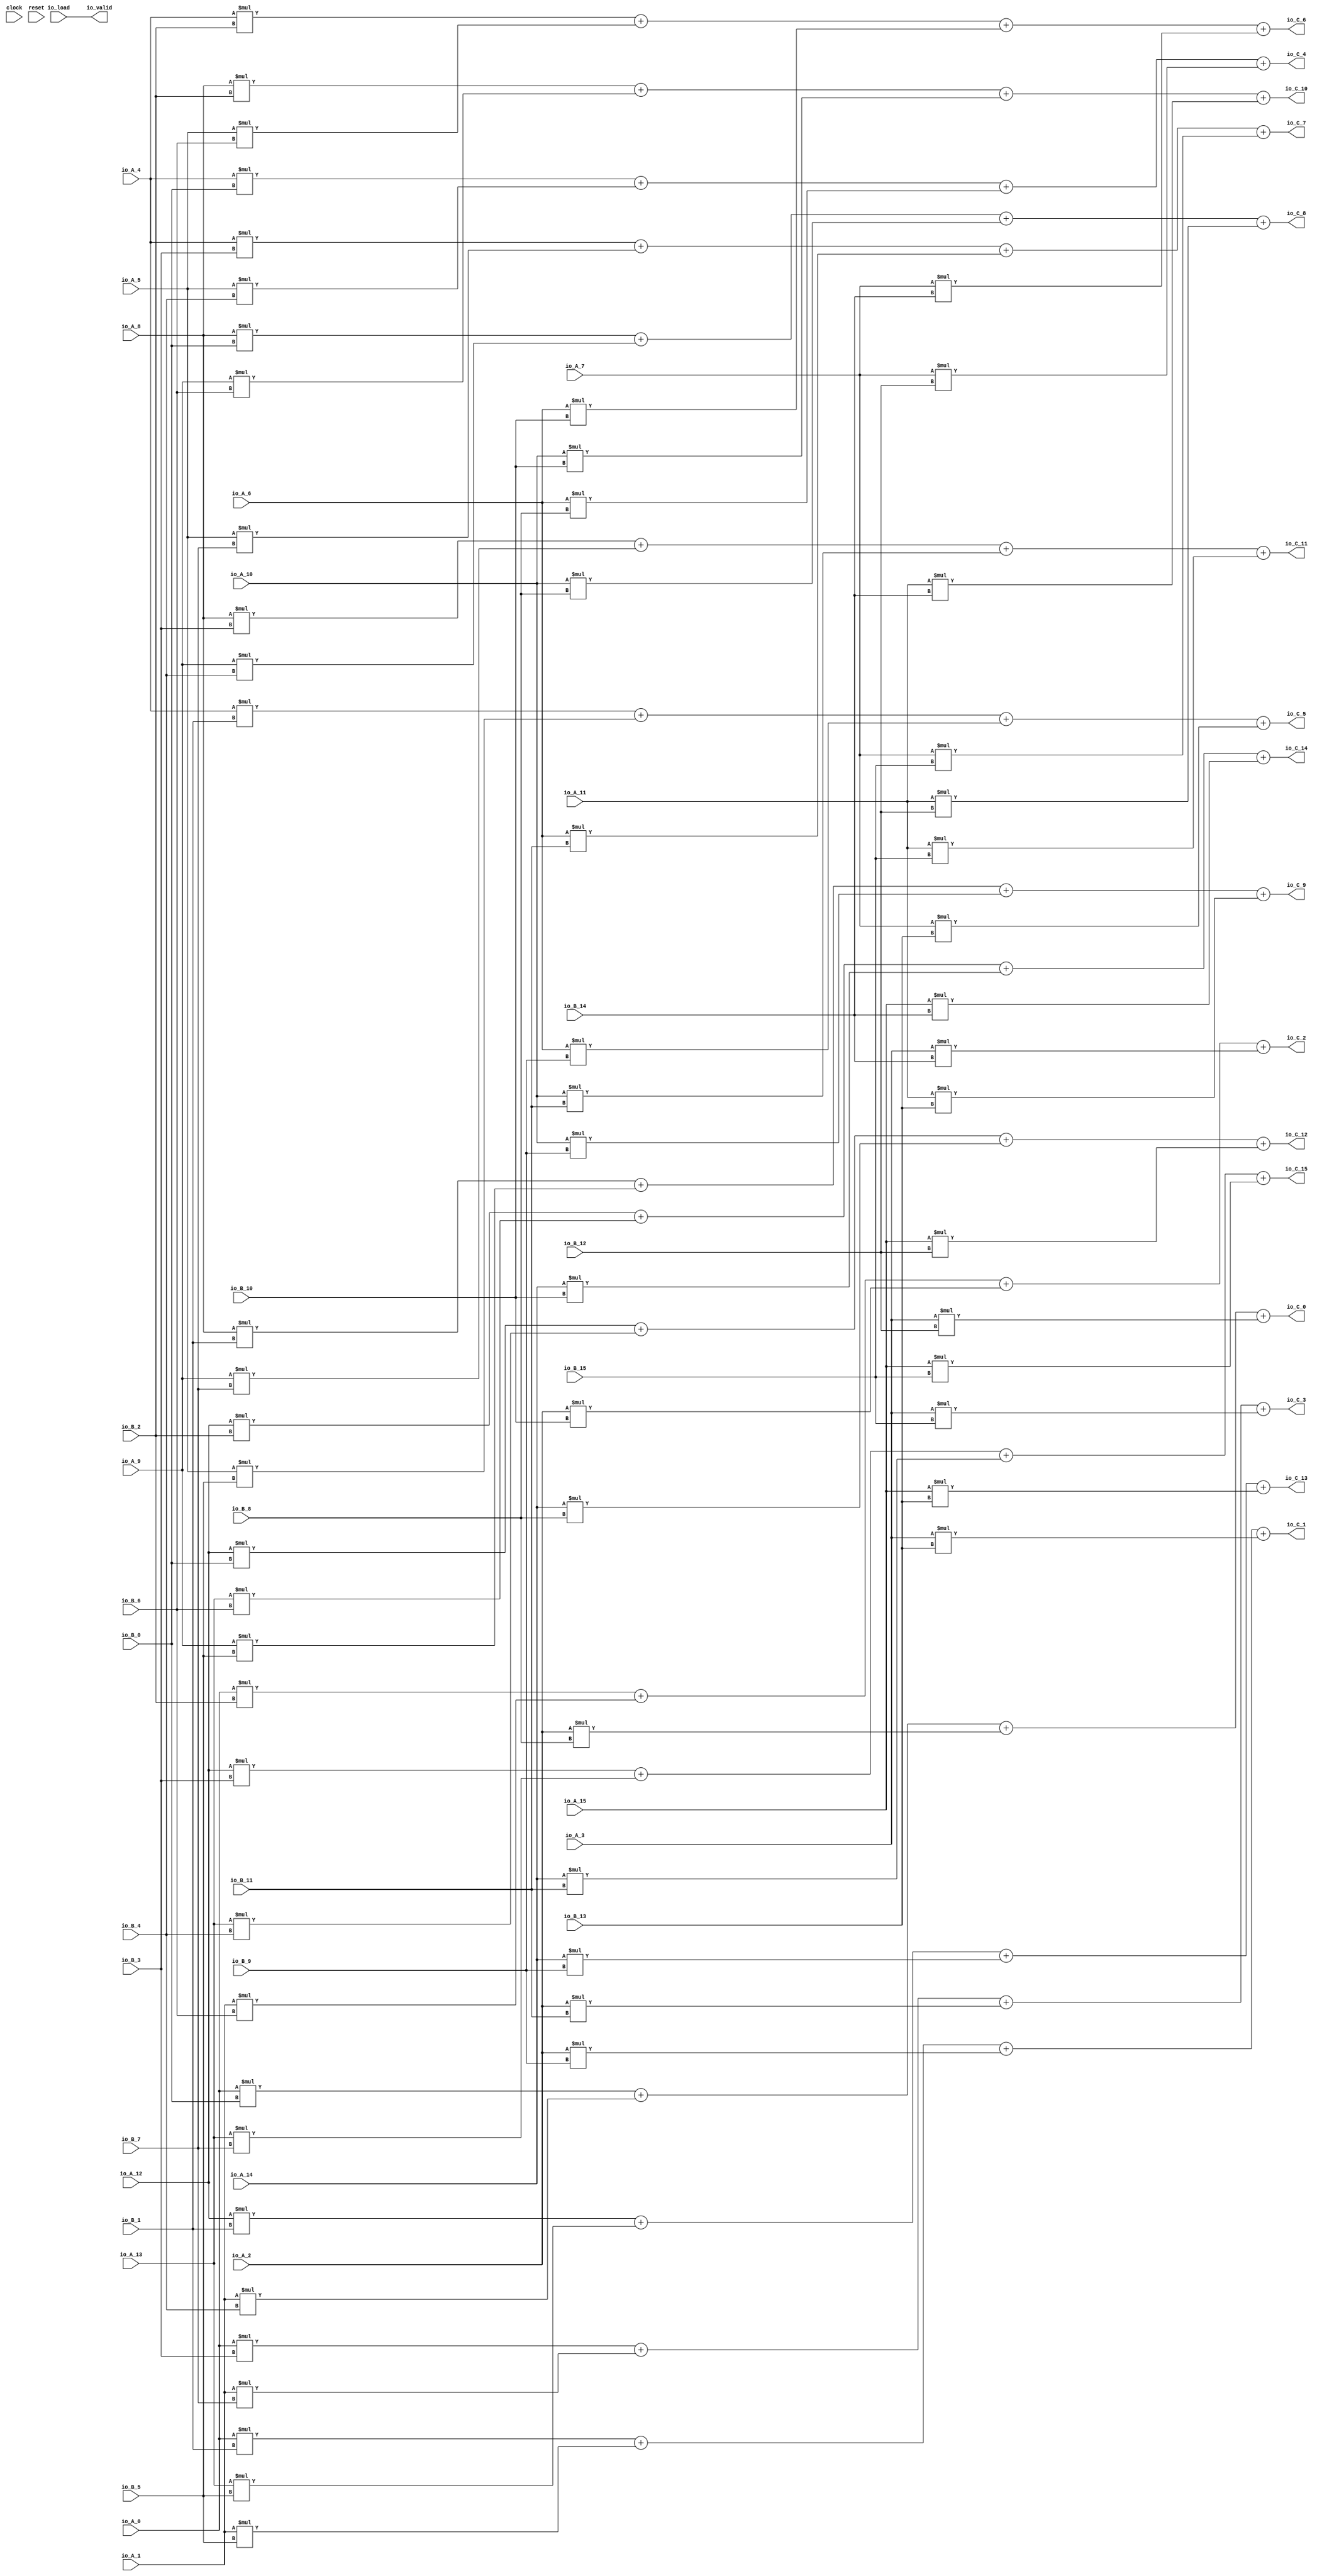
module VecMul( // @[:@3.2]
  input         clock, // @[:@4.4]
  input         reset, // @[:@5.4]
  input  [15:0] io_A_0, // @[:@6.4]
  input  [15:0] io_A_1, // @[:@6.4]
  input  [15:0] io_A_2, // @[:@6.4]
  input  [15:0] io_A_3, // @[:@6.4]
  input  [15:0] io_A_4, // @[:@6.4]
  input  [15:0] io_A_5, // @[:@6.4]
  input  [15:0] io_A_6, // @[:@6.4]
  input  [15:0] io_A_7, // @[:@6.4]
  input  [15:0] io_A_8, // @[:@6.4]
  input  [15:0] io_A_9, // @[:@6.4]
  input  [15:0] io_A_10, // @[:@6.4]
  input  [15:0] io_A_11, // @[:@6.4]
  input  [15:0] io_A_12, // @[:@6.4]
  input  [15:0] io_A_13, // @[:@6.4]
  input  [15:0] io_A_14, // @[:@6.4]
  input  [15:0] io_A_15, // @[:@6.4]
  input  [15:0] io_B_0, // @[:@6.4]
  input  [15:0] io_B_1, // @[:@6.4]
  input  [15:0] io_B_2, // @[:@6.4]
  input  [15:0] io_B_3, // @[:@6.4]
  input  [15:0] io_B_4, // @[:@6.4]
  input  [15:0] io_B_5, // @[:@6.4]
  input  [15:0] io_B_6, // @[:@6.4]
  input  [15:0] io_B_7, // @[:@6.4]
  input  [15:0] io_B_8, // @[:@6.4]
  input  [15:0] io_B_9, // @[:@6.4]
  input  [15:0] io_B_10, // @[:@6.4]
  input  [15:0] io_B_11, // @[:@6.4]
  input  [15:0] io_B_12, // @[:@6.4]
  input  [15:0] io_B_13, // @[:@6.4]
  input  [15:0] io_B_14, // @[:@6.4]
  input  [15:0] io_B_15, // @[:@6.4]
  output [15:0] io_C_0, // @[:@6.4]
  output [15:0] io_C_1, // @[:@6.4]
  output [15:0] io_C_2, // @[:@6.4]
  output [15:0] io_C_3, // @[:@6.4]
  output [15:0] io_C_4, // @[:@6.4]
  output [15:0] io_C_5, // @[:@6.4]
  output [15:0] io_C_6, // @[:@6.4]
  output [15:0] io_C_7, // @[:@6.4]
  output [15:0] io_C_8, // @[:@6.4]
  output [15:0] io_C_9, // @[:@6.4]
  output [15:0] io_C_10, // @[:@6.4]
  output [15:0] io_C_11, // @[:@6.4]
  output [15:0] io_C_12, // @[:@6.4]
  output [15:0] io_C_13, // @[:@6.4]
  output [15:0] io_C_14, // @[:@6.4]
  output [15:0] io_C_15, // @[:@6.4]
  input         io_load, // @[:@6.4]
  output        io_valid // @[:@6.4]
);
  wire [31:0] _T_153; // @[VecMul.scala 42:35:@9.6]
  wire [32:0] _T_154; // @[VecMul.scala 42:21:@10.6]
  wire [31:0] _T_155; // @[VecMul.scala 42:21:@11.6]
  wire [31:0] _T_156; // @[VecMul.scala 42:35:@12.6]
  wire [32:0] _T_157; // @[VecMul.scala 42:21:@13.6]
  wire [31:0] _T_158; // @[VecMul.scala 42:21:@14.6]
  wire [31:0] _T_159; // @[VecMul.scala 42:35:@15.6]
  wire [32:0] _T_160; // @[VecMul.scala 42:21:@16.6]
  wire [31:0] _T_161; // @[VecMul.scala 42:21:@17.6]
  wire [31:0] _T_162; // @[VecMul.scala 42:35:@18.6]
  wire [32:0] _T_163; // @[VecMul.scala 42:21:@19.6]
  wire [31:0] ans_0; // @[VecMul.scala 42:21:@20.6]
  wire [31:0] _T_165; // @[VecMul.scala 42:35:@21.6]
  wire [32:0] _T_166; // @[VecMul.scala 42:21:@22.6]
  wire [31:0] _T_167; // @[VecMul.scala 42:21:@23.6]
  wire [31:0] _T_168; // @[VecMul.scala 42:35:@24.6]
  wire [32:0] _T_169; // @[VecMul.scala 42:21:@25.6]
  wire [31:0] _T_170; // @[VecMul.scala 42:21:@26.6]
  wire [31:0] _T_171; // @[VecMul.scala 42:35:@27.6]
  wire [32:0] _T_172; // @[VecMul.scala 42:21:@28.6]
  wire [31:0] _T_173; // @[VecMul.scala 42:21:@29.6]
  wire [31:0] _T_174; // @[VecMul.scala 42:35:@30.6]
  wire [32:0] _T_175; // @[VecMul.scala 42:21:@31.6]
  wire [31:0] ans_1; // @[VecMul.scala 42:21:@32.6]
  wire [31:0] _T_177; // @[VecMul.scala 42:35:@33.6]
  wire [32:0] _T_178; // @[VecMul.scala 42:21:@34.6]
  wire [31:0] _T_179; // @[VecMul.scala 42:21:@35.6]
  wire [31:0] _T_180; // @[VecMul.scala 42:35:@36.6]
  wire [32:0] _T_181; // @[VecMul.scala 42:21:@37.6]
  wire [31:0] _T_182; // @[VecMul.scala 42:21:@38.6]
  wire [31:0] _T_183; // @[VecMul.scala 42:35:@39.6]
  wire [32:0] _T_184; // @[VecMul.scala 42:21:@40.6]
  wire [31:0] _T_185; // @[VecMul.scala 42:21:@41.6]
  wire [31:0] _T_186; // @[VecMul.scala 42:35:@42.6]
  wire [32:0] _T_187; // @[VecMul.scala 42:21:@43.6]
  wire [31:0] ans_2; // @[VecMul.scala 42:21:@44.6]
  wire [31:0] _T_189; // @[VecMul.scala 42:35:@45.6]
  wire [32:0] _T_190; // @[VecMul.scala 42:21:@46.6]
  wire [31:0] _T_191; // @[VecMul.scala 42:21:@47.6]
  wire [31:0] _T_192; // @[VecMul.scala 42:35:@48.6]
  wire [32:0] _T_193; // @[VecMul.scala 42:21:@49.6]
  wire [31:0] _T_194; // @[VecMul.scala 42:21:@50.6]
  wire [31:0] _T_195; // @[VecMul.scala 42:35:@51.6]
  wire [32:0] _T_196; // @[VecMul.scala 42:21:@52.6]
  wire [31:0] _T_197; // @[VecMul.scala 42:21:@53.6]
  wire [31:0] _T_198; // @[VecMul.scala 42:35:@54.6]
  wire [32:0] _T_199; // @[VecMul.scala 42:21:@55.6]
  wire [31:0] ans_3; // @[VecMul.scala 42:21:@56.6]
  wire [31:0] _T_201; // @[VecMul.scala 42:35:@57.6]
  wire [32:0] _T_202; // @[VecMul.scala 42:21:@58.6]
  wire [31:0] _T_203; // @[VecMul.scala 42:21:@59.6]
  wire [31:0] _T_204; // @[VecMul.scala 42:35:@60.6]
  wire [32:0] _T_205; // @[VecMul.scala 42:21:@61.6]
  wire [31:0] _T_206; // @[VecMul.scala 42:21:@62.6]
  wire [31:0] _T_207; // @[VecMul.scala 42:35:@63.6]
  wire [32:0] _T_208; // @[VecMul.scala 42:21:@64.6]
  wire [31:0] _T_209; // @[VecMul.scala 42:21:@65.6]
  wire [31:0] _T_210; // @[VecMul.scala 42:35:@66.6]
  wire [32:0] _T_211; // @[VecMul.scala 42:21:@67.6]
  wire [31:0] ans_4; // @[VecMul.scala 42:21:@68.6]
  wire [31:0] _T_213; // @[VecMul.scala 42:35:@69.6]
  wire [32:0] _T_214; // @[VecMul.scala 42:21:@70.6]
  wire [31:0] _T_215; // @[VecMul.scala 42:21:@71.6]
  wire [31:0] _T_216; // @[VecMul.scala 42:35:@72.6]
  wire [32:0] _T_217; // @[VecMul.scala 42:21:@73.6]
  wire [31:0] _T_218; // @[VecMul.scala 42:21:@74.6]
  wire [31:0] _T_219; // @[VecMul.scala 42:35:@75.6]
  wire [32:0] _T_220; // @[VecMul.scala 42:21:@76.6]
  wire [31:0] _T_221; // @[VecMul.scala 42:21:@77.6]
  wire [31:0] _T_222; // @[VecMul.scala 42:35:@78.6]
  wire [32:0] _T_223; // @[VecMul.scala 42:21:@79.6]
  wire [31:0] ans_5; // @[VecMul.scala 42:21:@80.6]
  wire [31:0] _T_225; // @[VecMul.scala 42:35:@81.6]
  wire [32:0] _T_226; // @[VecMul.scala 42:21:@82.6]
  wire [31:0] _T_227; // @[VecMul.scala 42:21:@83.6]
  wire [31:0] _T_228; // @[VecMul.scala 42:35:@84.6]
  wire [32:0] _T_229; // @[VecMul.scala 42:21:@85.6]
  wire [31:0] _T_230; // @[VecMul.scala 42:21:@86.6]
  wire [31:0] _T_231; // @[VecMul.scala 42:35:@87.6]
  wire [32:0] _T_232; // @[VecMul.scala 42:21:@88.6]
  wire [31:0] _T_233; // @[VecMul.scala 42:21:@89.6]
  wire [31:0] _T_234; // @[VecMul.scala 42:35:@90.6]
  wire [32:0] _T_235; // @[VecMul.scala 42:21:@91.6]
  wire [31:0] ans_6; // @[VecMul.scala 42:21:@92.6]
  wire [31:0] _T_237; // @[VecMul.scala 42:35:@93.6]
  wire [32:0] _T_238; // @[VecMul.scala 42:21:@94.6]
  wire [31:0] _T_239; // @[VecMul.scala 42:21:@95.6]
  wire [31:0] _T_240; // @[VecMul.scala 42:35:@96.6]
  wire [32:0] _T_241; // @[VecMul.scala 42:21:@97.6]
  wire [31:0] _T_242; // @[VecMul.scala 42:21:@98.6]
  wire [31:0] _T_243; // @[VecMul.scala 42:35:@99.6]
  wire [32:0] _T_244; // @[VecMul.scala 42:21:@100.6]
  wire [31:0] _T_245; // @[VecMul.scala 42:21:@101.6]
  wire [31:0] _T_246; // @[VecMul.scala 42:35:@102.6]
  wire [32:0] _T_247; // @[VecMul.scala 42:21:@103.6]
  wire [31:0] ans_7; // @[VecMul.scala 42:21:@104.6]
  wire [31:0] _T_249; // @[VecMul.scala 42:35:@105.6]
  wire [32:0] _T_250; // @[VecMul.scala 42:21:@106.6]
  wire [31:0] _T_251; // @[VecMul.scala 42:21:@107.6]
  wire [31:0] _T_252; // @[VecMul.scala 42:35:@108.6]
  wire [32:0] _T_253; // @[VecMul.scala 42:21:@109.6]
  wire [31:0] _T_254; // @[VecMul.scala 42:21:@110.6]
  wire [31:0] _T_255; // @[VecMul.scala 42:35:@111.6]
  wire [32:0] _T_256; // @[VecMul.scala 42:21:@112.6]
  wire [31:0] _T_257; // @[VecMul.scala 42:21:@113.6]
  wire [31:0] _T_258; // @[VecMul.scala 42:35:@114.6]
  wire [32:0] _T_259; // @[VecMul.scala 42:21:@115.6]
  wire [31:0] ans_8; // @[VecMul.scala 42:21:@116.6]
  wire [31:0] _T_261; // @[VecMul.scala 42:35:@117.6]
  wire [32:0] _T_262; // @[VecMul.scala 42:21:@118.6]
  wire [31:0] _T_263; // @[VecMul.scala 42:21:@119.6]
  wire [31:0] _T_264; // @[VecMul.scala 42:35:@120.6]
  wire [32:0] _T_265; // @[VecMul.scala 42:21:@121.6]
  wire [31:0] _T_266; // @[VecMul.scala 42:21:@122.6]
  wire [31:0] _T_267; // @[VecMul.scala 42:35:@123.6]
  wire [32:0] _T_268; // @[VecMul.scala 42:21:@124.6]
  wire [31:0] _T_269; // @[VecMul.scala 42:21:@125.6]
  wire [31:0] _T_270; // @[VecMul.scala 42:35:@126.6]
  wire [32:0] _T_271; // @[VecMul.scala 42:21:@127.6]
  wire [31:0] ans_9; // @[VecMul.scala 42:21:@128.6]
  wire [31:0] _T_273; // @[VecMul.scala 42:35:@129.6]
  wire [32:0] _T_274; // @[VecMul.scala 42:21:@130.6]
  wire [31:0] _T_275; // @[VecMul.scala 42:21:@131.6]
  wire [31:0] _T_276; // @[VecMul.scala 42:35:@132.6]
  wire [32:0] _T_277; // @[VecMul.scala 42:21:@133.6]
  wire [31:0] _T_278; // @[VecMul.scala 42:21:@134.6]
  wire [31:0] _T_279; // @[VecMul.scala 42:35:@135.6]
  wire [32:0] _T_280; // @[VecMul.scala 42:21:@136.6]
  wire [31:0] _T_281; // @[VecMul.scala 42:21:@137.6]
  wire [31:0] _T_282; // @[VecMul.scala 42:35:@138.6]
  wire [32:0] _T_283; // @[VecMul.scala 42:21:@139.6]
  wire [31:0] ans_10; // @[VecMul.scala 42:21:@140.6]
  wire [31:0] _T_285; // @[VecMul.scala 42:35:@141.6]
  wire [32:0] _T_286; // @[VecMul.scala 42:21:@142.6]
  wire [31:0] _T_287; // @[VecMul.scala 42:21:@143.6]
  wire [31:0] _T_288; // @[VecMul.scala 42:35:@144.6]
  wire [32:0] _T_289; // @[VecMul.scala 42:21:@145.6]
  wire [31:0] _T_290; // @[VecMul.scala 42:21:@146.6]
  wire [31:0] _T_291; // @[VecMul.scala 42:35:@147.6]
  wire [32:0] _T_292; // @[VecMul.scala 42:21:@148.6]
  wire [31:0] _T_293; // @[VecMul.scala 42:21:@149.6]
  wire [31:0] _T_294; // @[VecMul.scala 42:35:@150.6]
  wire [32:0] _T_295; // @[VecMul.scala 42:21:@151.6]
  wire [31:0] ans_11; // @[VecMul.scala 42:21:@152.6]
  wire [31:0] _T_297; // @[VecMul.scala 42:35:@153.6]
  wire [32:0] _T_298; // @[VecMul.scala 42:21:@154.6]
  wire [31:0] _T_299; // @[VecMul.scala 42:21:@155.6]
  wire [31:0] _T_300; // @[VecMul.scala 42:35:@156.6]
  wire [32:0] _T_301; // @[VecMul.scala 42:21:@157.6]
  wire [31:0] _T_302; // @[VecMul.scala 42:21:@158.6]
  wire [31:0] _T_303; // @[VecMul.scala 42:35:@159.6]
  wire [32:0] _T_304; // @[VecMul.scala 42:21:@160.6]
  wire [31:0] _T_305; // @[VecMul.scala 42:21:@161.6]
  wire [31:0] _T_306; // @[VecMul.scala 42:35:@162.6]
  wire [32:0] _T_307; // @[VecMul.scala 42:21:@163.6]
  wire [31:0] ans_12; // @[VecMul.scala 42:21:@164.6]
  wire [31:0] _T_309; // @[VecMul.scala 42:35:@165.6]
  wire [32:0] _T_310; // @[VecMul.scala 42:21:@166.6]
  wire [31:0] _T_311; // @[VecMul.scala 42:21:@167.6]
  wire [31:0] _T_312; // @[VecMul.scala 42:35:@168.6]
  wire [32:0] _T_313; // @[VecMul.scala 42:21:@169.6]
  wire [31:0] _T_314; // @[VecMul.scala 42:21:@170.6]
  wire [31:0] _T_315; // @[VecMul.scala 42:35:@171.6]
  wire [32:0] _T_316; // @[VecMul.scala 42:21:@172.6]
  wire [31:0] _T_317; // @[VecMul.scala 42:21:@173.6]
  wire [31:0] _T_318; // @[VecMul.scala 42:35:@174.6]
  wire [32:0] _T_319; // @[VecMul.scala 42:21:@175.6]
  wire [31:0] ans_13; // @[VecMul.scala 42:21:@176.6]
  wire [31:0] _T_321; // @[VecMul.scala 42:35:@177.6]
  wire [32:0] _T_322; // @[VecMul.scala 42:21:@178.6]
  wire [31:0] _T_323; // @[VecMul.scala 42:21:@179.6]
  wire [31:0] _T_324; // @[VecMul.scala 42:35:@180.6]
  wire [32:0] _T_325; // @[VecMul.scala 42:21:@181.6]
  wire [31:0] _T_326; // @[VecMul.scala 42:21:@182.6]
  wire [31:0] _T_327; // @[VecMul.scala 42:35:@183.6]
  wire [32:0] _T_328; // @[VecMul.scala 42:21:@184.6]
  wire [31:0] _T_329; // @[VecMul.scala 42:21:@185.6]
  wire [31:0] _T_330; // @[VecMul.scala 42:35:@186.6]
  wire [32:0] _T_331; // @[VecMul.scala 42:21:@187.6]
  wire [31:0] ans_14; // @[VecMul.scala 42:21:@188.6]
  wire [31:0] _T_333; // @[VecMul.scala 42:35:@189.6]
  wire [32:0] _T_334; // @[VecMul.scala 42:21:@190.6]
  wire [31:0] _T_335; // @[VecMul.scala 42:21:@191.6]
  wire [31:0] _T_336; // @[VecMul.scala 42:35:@192.6]
  wire [32:0] _T_337; // @[VecMul.scala 42:21:@193.6]
  wire [31:0] _T_338; // @[VecMul.scala 42:21:@194.6]
  wire [31:0] _T_339; // @[VecMul.scala 42:35:@195.6]
  wire [32:0] _T_340; // @[VecMul.scala 42:21:@196.6]
  wire [31:0] _T_341; // @[VecMul.scala 42:21:@197.6]
  wire [31:0] _T_342; // @[VecMul.scala 42:35:@198.6]
  wire [32:0] _T_343; // @[VecMul.scala 42:21:@199.6]
  wire [31:0] ans_15; // @[VecMul.scala 42:21:@200.6]
  assign _T_153 = io_A_0 * io_B_0; // @[VecMul.scala 42:35:@9.6]
  assign _T_154 = {{1'd0}, _T_153}; // @[VecMul.scala 42:21:@10.6]
  assign _T_155 = _T_154[31:0]; // @[VecMul.scala 42:21:@11.6]
  assign _T_156 = io_A_1 * io_B_4; // @[VecMul.scala 42:35:@12.6]
  assign _T_157 = _T_155 + _T_156; // @[VecMul.scala 42:21:@13.6]
  assign _T_158 = _T_155 + _T_156; // @[VecMul.scala 42:21:@14.6]
  assign _T_159 = io_A_2 * io_B_8; // @[VecMul.scala 42:35:@15.6]
  assign _T_160 = _T_158 + _T_159; // @[VecMul.scala 42:21:@16.6]
  assign _T_161 = _T_158 + _T_159; // @[VecMul.scala 42:21:@17.6]
  assign _T_162 = io_A_3 * io_B_12; // @[VecMul.scala 42:35:@18.6]
  assign _T_163 = _T_161 + _T_162; // @[VecMul.scala 42:21:@19.6]
  assign ans_0 = _T_161 + _T_162; // @[VecMul.scala 42:21:@20.6]
  assign _T_165 = io_A_0 * io_B_1; // @[VecMul.scala 42:35:@21.6]
  assign _T_166 = {{1'd0}, _T_165}; // @[VecMul.scala 42:21:@22.6]
  assign _T_167 = _T_166[31:0]; // @[VecMul.scala 42:21:@23.6]
  assign _T_168 = io_A_1 * io_B_5; // @[VecMul.scala 42:35:@24.6]
  assign _T_169 = _T_167 + _T_168; // @[VecMul.scala 42:21:@25.6]
  assign _T_170 = _T_167 + _T_168; // @[VecMul.scala 42:21:@26.6]
  assign _T_171 = io_A_2 * io_B_9; // @[VecMul.scala 42:35:@27.6]
  assign _T_172 = _T_170 + _T_171; // @[VecMul.scala 42:21:@28.6]
  assign _T_173 = _T_170 + _T_171; // @[VecMul.scala 42:21:@29.6]
  assign _T_174 = io_A_3 * io_B_13; // @[VecMul.scala 42:35:@30.6]
  assign _T_175 = _T_173 + _T_174; // @[VecMul.scala 42:21:@31.6]
  assign ans_1 = _T_173 + _T_174; // @[VecMul.scala 42:21:@32.6]
  assign _T_177 = io_A_0 * io_B_2; // @[VecMul.scala 42:35:@33.6]
  assign _T_178 = {{1'd0}, _T_177}; // @[VecMul.scala 42:21:@34.6]
  assign _T_179 = _T_178[31:0]; // @[VecMul.scala 42:21:@35.6]
  assign _T_180 = io_A_1 * io_B_6; // @[VecMul.scala 42:35:@36.6]
  assign _T_181 = _T_179 + _T_180; // @[VecMul.scala 42:21:@37.6]
  assign _T_182 = _T_179 + _T_180; // @[VecMul.scala 42:21:@38.6]
  assign _T_183 = io_A_2 * io_B_10; // @[VecMul.scala 42:35:@39.6]
  assign _T_184 = _T_182 + _T_183; // @[VecMul.scala 42:21:@40.6]
  assign _T_185 = _T_182 + _T_183; // @[VecMul.scala 42:21:@41.6]
  assign _T_186 = io_A_3 * io_B_14; // @[VecMul.scala 42:35:@42.6]
  assign _T_187 = _T_185 + _T_186; // @[VecMul.scala 42:21:@43.6]
  assign ans_2 = _T_185 + _T_186; // @[VecMul.scala 42:21:@44.6]
  assign _T_189 = io_A_0 * io_B_3; // @[VecMul.scala 42:35:@45.6]
  assign _T_190 = {{1'd0}, _T_189}; // @[VecMul.scala 42:21:@46.6]
  assign _T_191 = _T_190[31:0]; // @[VecMul.scala 42:21:@47.6]
  assign _T_192 = io_A_1 * io_B_7; // @[VecMul.scala 42:35:@48.6]
  assign _T_193 = _T_191 + _T_192; // @[VecMul.scala 42:21:@49.6]
  assign _T_194 = _T_191 + _T_192; // @[VecMul.scala 42:21:@50.6]
  assign _T_195 = io_A_2 * io_B_11; // @[VecMul.scala 42:35:@51.6]
  assign _T_196 = _T_194 + _T_195; // @[VecMul.scala 42:21:@52.6]
  assign _T_197 = _T_194 + _T_195; // @[VecMul.scala 42:21:@53.6]
  assign _T_198 = io_A_3 * io_B_15; // @[VecMul.scala 42:35:@54.6]
  assign _T_199 = _T_197 + _T_198; // @[VecMul.scala 42:21:@55.6]
  assign ans_3 = _T_197 + _T_198; // @[VecMul.scala 42:21:@56.6]
  assign _T_201 = io_A_4 * io_B_0; // @[VecMul.scala 42:35:@57.6]
  assign _T_202 = {{1'd0}, _T_201}; // @[VecMul.scala 42:21:@58.6]
  assign _T_203 = _T_202[31:0]; // @[VecMul.scala 42:21:@59.6]
  assign _T_204 = io_A_5 * io_B_4; // @[VecMul.scala 42:35:@60.6]
  assign _T_205 = _T_203 + _T_204; // @[VecMul.scala 42:21:@61.6]
  assign _T_206 = _T_203 + _T_204; // @[VecMul.scala 42:21:@62.6]
  assign _T_207 = io_A_6 * io_B_8; // @[VecMul.scala 42:35:@63.6]
  assign _T_208 = _T_206 + _T_207; // @[VecMul.scala 42:21:@64.6]
  assign _T_209 = _T_206 + _T_207; // @[VecMul.scala 42:21:@65.6]
  assign _T_210 = io_A_7 * io_B_12; // @[VecMul.scala 42:35:@66.6]
  assign _T_211 = _T_209 + _T_210; // @[VecMul.scala 42:21:@67.6]
  assign ans_4 = _T_209 + _T_210; // @[VecMul.scala 42:21:@68.6]
  assign _T_213 = io_A_4 * io_B_1; // @[VecMul.scala 42:35:@69.6]
  assign _T_214 = {{1'd0}, _T_213}; // @[VecMul.scala 42:21:@70.6]
  assign _T_215 = _T_214[31:0]; // @[VecMul.scala 42:21:@71.6]
  assign _T_216 = io_A_5 * io_B_5; // @[VecMul.scala 42:35:@72.6]
  assign _T_217 = _T_215 + _T_216; // @[VecMul.scala 42:21:@73.6]
  assign _T_218 = _T_215 + _T_216; // @[VecMul.scala 42:21:@74.6]
  assign _T_219 = io_A_6 * io_B_9; // @[VecMul.scala 42:35:@75.6]
  assign _T_220 = _T_218 + _T_219; // @[VecMul.scala 42:21:@76.6]
  assign _T_221 = _T_218 + _T_219; // @[VecMul.scala 42:21:@77.6]
  assign _T_222 = io_A_7 * io_B_13; // @[VecMul.scala 42:35:@78.6]
  assign _T_223 = _T_221 + _T_222; // @[VecMul.scala 42:21:@79.6]
  assign ans_5 = _T_221 + _T_222; // @[VecMul.scala 42:21:@80.6]
  assign _T_225 = io_A_4 * io_B_2; // @[VecMul.scala 42:35:@81.6]
  assign _T_226 = {{1'd0}, _T_225}; // @[VecMul.scala 42:21:@82.6]
  assign _T_227 = _T_226[31:0]; // @[VecMul.scala 42:21:@83.6]
  assign _T_228 = io_A_5 * io_B_6; // @[VecMul.scala 42:35:@84.6]
  assign _T_229 = _T_227 + _T_228; // @[VecMul.scala 42:21:@85.6]
  assign _T_230 = _T_227 + _T_228; // @[VecMul.scala 42:21:@86.6]
  assign _T_231 = io_A_6 * io_B_10; // @[VecMul.scala 42:35:@87.6]
  assign _T_232 = _T_230 + _T_231; // @[VecMul.scala 42:21:@88.6]
  assign _T_233 = _T_230 + _T_231; // @[VecMul.scala 42:21:@89.6]
  assign _T_234 = io_A_7 * io_B_14; // @[VecMul.scala 42:35:@90.6]
  assign _T_235 = _T_233 + _T_234; // @[VecMul.scala 42:21:@91.6]
  assign ans_6 = _T_233 + _T_234; // @[VecMul.scala 42:21:@92.6]
  assign _T_237 = io_A_4 * io_B_3; // @[VecMul.scala 42:35:@93.6]
  assign _T_238 = {{1'd0}, _T_237}; // @[VecMul.scala 42:21:@94.6]
  assign _T_239 = _T_238[31:0]; // @[VecMul.scala 42:21:@95.6]
  assign _T_240 = io_A_5 * io_B_7; // @[VecMul.scala 42:35:@96.6]
  assign _T_241 = _T_239 + _T_240; // @[VecMul.scala 42:21:@97.6]
  assign _T_242 = _T_239 + _T_240; // @[VecMul.scala 42:21:@98.6]
  assign _T_243 = io_A_6 * io_B_11; // @[VecMul.scala 42:35:@99.6]
  assign _T_244 = _T_242 + _T_243; // @[VecMul.scala 42:21:@100.6]
  assign _T_245 = _T_242 + _T_243; // @[VecMul.scala 42:21:@101.6]
  assign _T_246 = io_A_7 * io_B_15; // @[VecMul.scala 42:35:@102.6]
  assign _T_247 = _T_245 + _T_246; // @[VecMul.scala 42:21:@103.6]
  assign ans_7 = _T_245 + _T_246; // @[VecMul.scala 42:21:@104.6]
  assign _T_249 = io_A_8 * io_B_0; // @[VecMul.scala 42:35:@105.6]
  assign _T_250 = {{1'd0}, _T_249}; // @[VecMul.scala 42:21:@106.6]
  assign _T_251 = _T_250[31:0]; // @[VecMul.scala 42:21:@107.6]
  assign _T_252 = io_A_9 * io_B_4; // @[VecMul.scala 42:35:@108.6]
  assign _T_253 = _T_251 + _T_252; // @[VecMul.scala 42:21:@109.6]
  assign _T_254 = _T_251 + _T_252; // @[VecMul.scala 42:21:@110.6]
  assign _T_255 = io_A_10 * io_B_8; // @[VecMul.scala 42:35:@111.6]
  assign _T_256 = _T_254 + _T_255; // @[VecMul.scala 42:21:@112.6]
  assign _T_257 = _T_254 + _T_255; // @[VecMul.scala 42:21:@113.6]
  assign _T_258 = io_A_11 * io_B_12; // @[VecMul.scala 42:35:@114.6]
  assign _T_259 = _T_257 + _T_258; // @[VecMul.scala 42:21:@115.6]
  assign ans_8 = _T_257 + _T_258; // @[VecMul.scala 42:21:@116.6]
  assign _T_261 = io_A_8 * io_B_1; // @[VecMul.scala 42:35:@117.6]
  assign _T_262 = {{1'd0}, _T_261}; // @[VecMul.scala 42:21:@118.6]
  assign _T_263 = _T_262[31:0]; // @[VecMul.scala 42:21:@119.6]
  assign _T_264 = io_A_9 * io_B_5; // @[VecMul.scala 42:35:@120.6]
  assign _T_265 = _T_263 + _T_264; // @[VecMul.scala 42:21:@121.6]
  assign _T_266 = _T_263 + _T_264; // @[VecMul.scala 42:21:@122.6]
  assign _T_267 = io_A_10 * io_B_9; // @[VecMul.scala 42:35:@123.6]
  assign _T_268 = _T_266 + _T_267; // @[VecMul.scala 42:21:@124.6]
  assign _T_269 = _T_266 + _T_267; // @[VecMul.scala 42:21:@125.6]
  assign _T_270 = io_A_11 * io_B_13; // @[VecMul.scala 42:35:@126.6]
  assign _T_271 = _T_269 + _T_270; // @[VecMul.scala 42:21:@127.6]
  assign ans_9 = _T_269 + _T_270; // @[VecMul.scala 42:21:@128.6]
  assign _T_273 = io_A_8 * io_B_2; // @[VecMul.scala 42:35:@129.6]
  assign _T_274 = {{1'd0}, _T_273}; // @[VecMul.scala 42:21:@130.6]
  assign _T_275 = _T_274[31:0]; // @[VecMul.scala 42:21:@131.6]
  assign _T_276 = io_A_9 * io_B_6; // @[VecMul.scala 42:35:@132.6]
  assign _T_277 = _T_275 + _T_276; // @[VecMul.scala 42:21:@133.6]
  assign _T_278 = _T_275 + _T_276; // @[VecMul.scala 42:21:@134.6]
  assign _T_279 = io_A_10 * io_B_10; // @[VecMul.scala 42:35:@135.6]
  assign _T_280 = _T_278 + _T_279; // @[VecMul.scala 42:21:@136.6]
  assign _T_281 = _T_278 + _T_279; // @[VecMul.scala 42:21:@137.6]
  assign _T_282 = io_A_11 * io_B_14; // @[VecMul.scala 42:35:@138.6]
  assign _T_283 = _T_281 + _T_282; // @[VecMul.scala 42:21:@139.6]
  assign ans_10 = _T_281 + _T_282; // @[VecMul.scala 42:21:@140.6]
  assign _T_285 = io_A_8 * io_B_3; // @[VecMul.scala 42:35:@141.6]
  assign _T_286 = {{1'd0}, _T_285}; // @[VecMul.scala 42:21:@142.6]
  assign _T_287 = _T_286[31:0]; // @[VecMul.scala 42:21:@143.6]
  assign _T_288 = io_A_9 * io_B_7; // @[VecMul.scala 42:35:@144.6]
  assign _T_289 = _T_287 + _T_288; // @[VecMul.scala 42:21:@145.6]
  assign _T_290 = _T_287 + _T_288; // @[VecMul.scala 42:21:@146.6]
  assign _T_291 = io_A_10 * io_B_11; // @[VecMul.scala 42:35:@147.6]
  assign _T_292 = _T_290 + _T_291; // @[VecMul.scala 42:21:@148.6]
  assign _T_293 = _T_290 + _T_291; // @[VecMul.scala 42:21:@149.6]
  assign _T_294 = io_A_11 * io_B_15; // @[VecMul.scala 42:35:@150.6]
  assign _T_295 = _T_293 + _T_294; // @[VecMul.scala 42:21:@151.6]
  assign ans_11 = _T_293 + _T_294; // @[VecMul.scala 42:21:@152.6]
  assign _T_297 = io_A_12 * io_B_0; // @[VecMul.scala 42:35:@153.6]
  assign _T_298 = {{1'd0}, _T_297}; // @[VecMul.scala 42:21:@154.6]
  assign _T_299 = _T_298[31:0]; // @[VecMul.scala 42:21:@155.6]
  assign _T_300 = io_A_13 * io_B_4; // @[VecMul.scala 42:35:@156.6]
  assign _T_301 = _T_299 + _T_300; // @[VecMul.scala 42:21:@157.6]
  assign _T_302 = _T_299 + _T_300; // @[VecMul.scala 42:21:@158.6]
  assign _T_303 = io_A_14 * io_B_8; // @[VecMul.scala 42:35:@159.6]
  assign _T_304 = _T_302 + _T_303; // @[VecMul.scala 42:21:@160.6]
  assign _T_305 = _T_302 + _T_303; // @[VecMul.scala 42:21:@161.6]
  assign _T_306 = io_A_15 * io_B_12; // @[VecMul.scala 42:35:@162.6]
  assign _T_307 = _T_305 + _T_306; // @[VecMul.scala 42:21:@163.6]
  assign ans_12 = _T_305 + _T_306; // @[VecMul.scala 42:21:@164.6]
  assign _T_309 = io_A_12 * io_B_1; // @[VecMul.scala 42:35:@165.6]
  assign _T_310 = {{1'd0}, _T_309}; // @[VecMul.scala 42:21:@166.6]
  assign _T_311 = _T_310[31:0]; // @[VecMul.scala 42:21:@167.6]
  assign _T_312 = io_A_13 * io_B_5; // @[VecMul.scala 42:35:@168.6]
  assign _T_313 = _T_311 + _T_312; // @[VecMul.scala 42:21:@169.6]
  assign _T_314 = _T_311 + _T_312; // @[VecMul.scala 42:21:@170.6]
  assign _T_315 = io_A_14 * io_B_9; // @[VecMul.scala 42:35:@171.6]
  assign _T_316 = _T_314 + _T_315; // @[VecMul.scala 42:21:@172.6]
  assign _T_317 = _T_314 + _T_315; // @[VecMul.scala 42:21:@173.6]
  assign _T_318 = io_A_15 * io_B_13; // @[VecMul.scala 42:35:@174.6]
  assign _T_319 = _T_317 + _T_318; // @[VecMul.scala 42:21:@175.6]
  assign ans_13 = _T_317 + _T_318; // @[VecMul.scala 42:21:@176.6]
  assign _T_321 = io_A_12 * io_B_2; // @[VecMul.scala 42:35:@177.6]
  assign _T_322 = {{1'd0}, _T_321}; // @[VecMul.scala 42:21:@178.6]
  assign _T_323 = _T_322[31:0]; // @[VecMul.scala 42:21:@179.6]
  assign _T_324 = io_A_13 * io_B_6; // @[VecMul.scala 42:35:@180.6]
  assign _T_325 = _T_323 + _T_324; // @[VecMul.scala 42:21:@181.6]
  assign _T_326 = _T_323 + _T_324; // @[VecMul.scala 42:21:@182.6]
  assign _T_327 = io_A_14 * io_B_10; // @[VecMul.scala 42:35:@183.6]
  assign _T_328 = _T_326 + _T_327; // @[VecMul.scala 42:21:@184.6]
  assign _T_329 = _T_326 + _T_327; // @[VecMul.scala 42:21:@185.6]
  assign _T_330 = io_A_15 * io_B_14; // @[VecMul.scala 42:35:@186.6]
  assign _T_331 = _T_329 + _T_330; // @[VecMul.scala 42:21:@187.6]
  assign ans_14 = _T_329 + _T_330; // @[VecMul.scala 42:21:@188.6]
  assign _T_333 = io_A_12 * io_B_3; // @[VecMul.scala 42:35:@189.6]
  assign _T_334 = {{1'd0}, _T_333}; // @[VecMul.scala 42:21:@190.6]
  assign _T_335 = _T_334[31:0]; // @[VecMul.scala 42:21:@191.6]
  assign _T_336 = io_A_13 * io_B_7; // @[VecMul.scala 42:35:@192.6]
  assign _T_337 = _T_335 + _T_336; // @[VecMul.scala 42:21:@193.6]
  assign _T_338 = _T_335 + _T_336; // @[VecMul.scala 42:21:@194.6]
  assign _T_339 = io_A_14 * io_B_11; // @[VecMul.scala 42:35:@195.6]
  assign _T_340 = _T_338 + _T_339; // @[VecMul.scala 42:21:@196.6]
  assign _T_341 = _T_338 + _T_339; // @[VecMul.scala 42:21:@197.6]
  assign _T_342 = io_A_15 * io_B_15; // @[VecMul.scala 42:35:@198.6]
  assign _T_343 = _T_341 + _T_342; // @[VecMul.scala 42:21:@199.6]
  assign ans_15 = _T_341 + _T_342; // @[VecMul.scala 42:21:@200.6]
  assign io_C_0 = ans_0[15:0]; // @[VecMul.scala 51:8:@223.4]
  assign io_C_1 = ans_1[15:0]; // @[VecMul.scala 51:8:@224.4]
  assign io_C_2 = ans_2[15:0]; // @[VecMul.scala 51:8:@225.4]
  assign io_C_3 = ans_3[15:0]; // @[VecMul.scala 51:8:@226.4]
  assign io_C_4 = ans_4[15:0]; // @[VecMul.scala 51:8:@227.4]
  assign io_C_5 = ans_5[15:0]; // @[VecMul.scala 51:8:@228.4]
  assign io_C_6 = ans_6[15:0]; // @[VecMul.scala 51:8:@229.4]
  assign io_C_7 = ans_7[15:0]; // @[VecMul.scala 51:8:@230.4]
  assign io_C_8 = ans_8[15:0]; // @[VecMul.scala 51:8:@231.4]
  assign io_C_9 = ans_9[15:0]; // @[VecMul.scala 51:8:@232.4]
  assign io_C_10 = ans_10[15:0]; // @[VecMul.scala 51:8:@233.4]
  assign io_C_11 = ans_11[15:0]; // @[VecMul.scala 51:8:@234.4]
  assign io_C_12 = ans_12[15:0]; // @[VecMul.scala 51:8:@235.4]
  assign io_C_13 = ans_13[15:0]; // @[VecMul.scala 51:8:@236.4]
  assign io_C_14 = ans_14[15:0]; // @[VecMul.scala 51:8:@237.4]
  assign io_C_15 = ans_15[15:0]; // @[VecMul.scala 51:8:@238.4]
  assign io_valid = io_load; // @[VecMul.scala 47:14:@201.6 VecMul.scala 49:14:@204.6]
endmodule